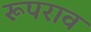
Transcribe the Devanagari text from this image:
रूपराव